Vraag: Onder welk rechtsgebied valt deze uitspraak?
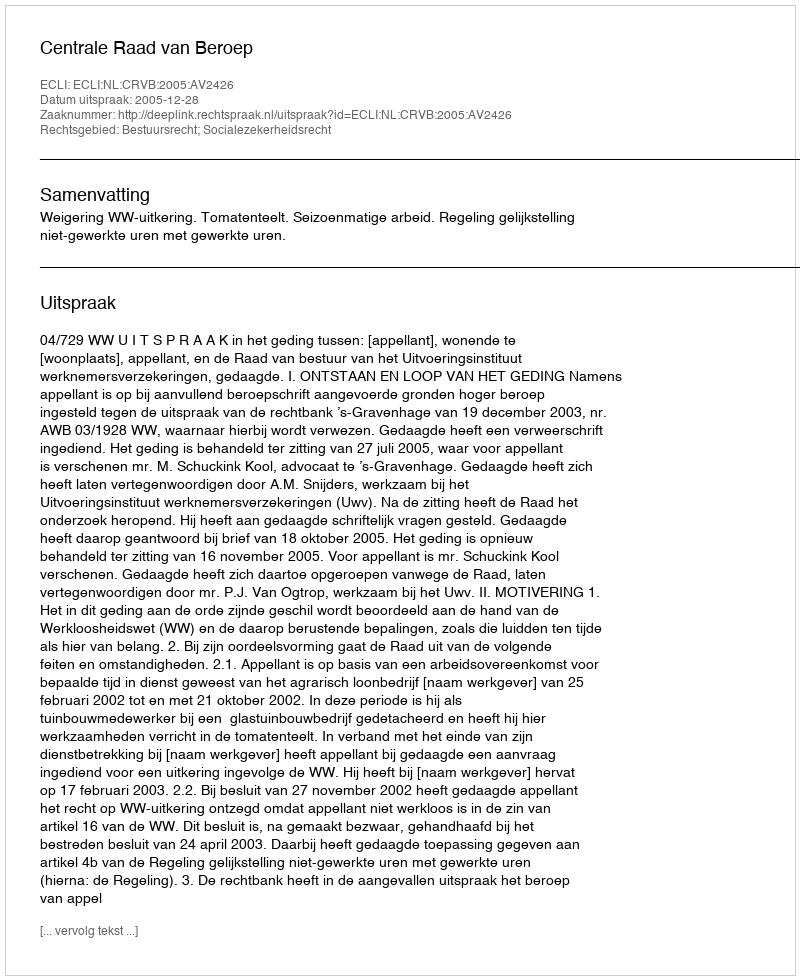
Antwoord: Bestuursrecht; Socialezekerheidsrecht